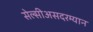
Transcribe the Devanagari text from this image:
सेल्सीअसदरम्यान